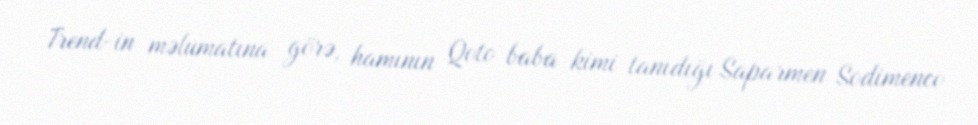
Trend-in məlumatına görə, hamının Qoto baba kimi tanıdığı Saparmen Sodimenco